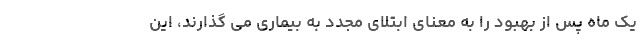
یک ماه پس از بهبود را به معنای ابتلای مجدد به بیماری می گذارند، این